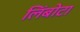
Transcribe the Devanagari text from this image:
लिंबोटा